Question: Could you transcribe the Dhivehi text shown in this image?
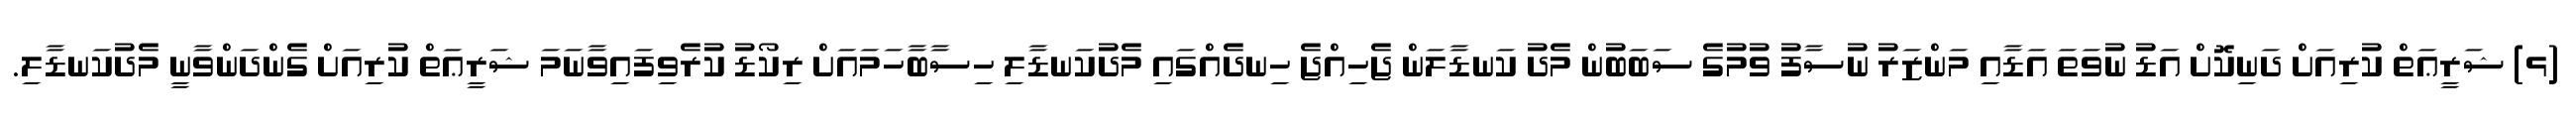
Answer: (ޅ) ޝަރީޢަތް ކުރިއަށް ދަނިކޮށް އަޑު ނުވަތަ އަޑާއި މަންޒަރު ނުސާފު ވުމުގެ ސަބަބުން މެދު ކަނޑާލަން ޖެހިއްޖެ ހިނދެއްގައި މެދުކަނޑާލި ހިސާބާހަމައަށް ރިކޯޑު ކުރެވިފައިވާނަމަ ޝަރީޢަތް ކުރިއަށް ގެންދަންވާނީ މެދުކަނޑާލި.